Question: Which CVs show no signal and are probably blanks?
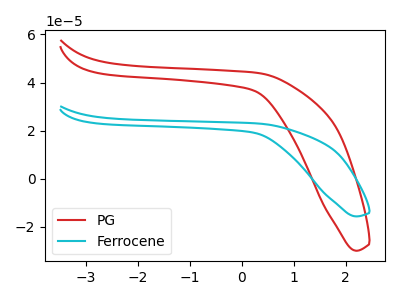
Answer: <think>The red curve "PG" has no peaks. The cyan curve "Ferrocene" has no peaks.</think>
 <answer>"PG" and "Ferrocene" are likely to be blanks.</answer>
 <eval>"PG", "Ferrocene"</eval>